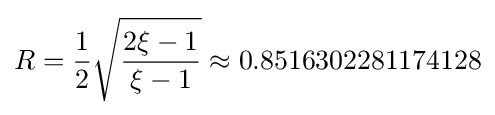
R={\frac {1}{2}}{\sqrt {\frac {2\xi -1}{\xi -1}}}\approx 0.8516302281174128